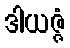
ဒါယဇ္ဇံ